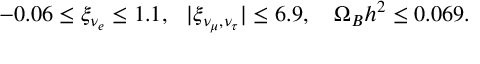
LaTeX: - 0 . 0 6 \leq \xi _ { \nu _ { e } } \leq 1 . 1 , ~ ~ | \xi _ { { \nu _ { \mu } } , { \nu _ { \tau } } } | \leq 6 . 9 , ~ ~ ~ \Omega _ { B } h ^ { 2 } \leq 0 . 0 6 9 .